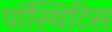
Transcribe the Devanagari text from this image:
पॉस्थिटिस